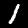
Label: 1